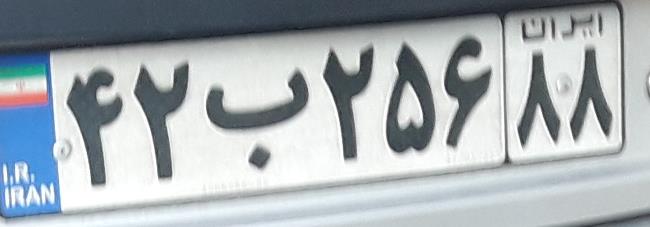
۴۲ب۲۵۶۸۸